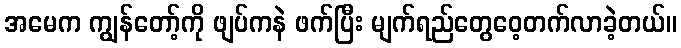
အမေက ကျွန်တော့်ကို ဖျပ်ကနဲ ဖက်ပြီး မျက်ရည်တွေဝေ့တက်လာခဲ့တယ်။